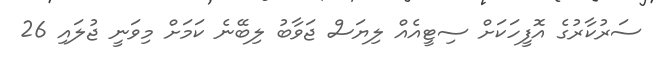
ސަރުކާރުގެ އޮފީހަކަށް ސިޓީއެއް ލިޔަސް ޖަވާބު ލިބޭނެ ކަމަށް މިވަނީ ޖުލައި 26